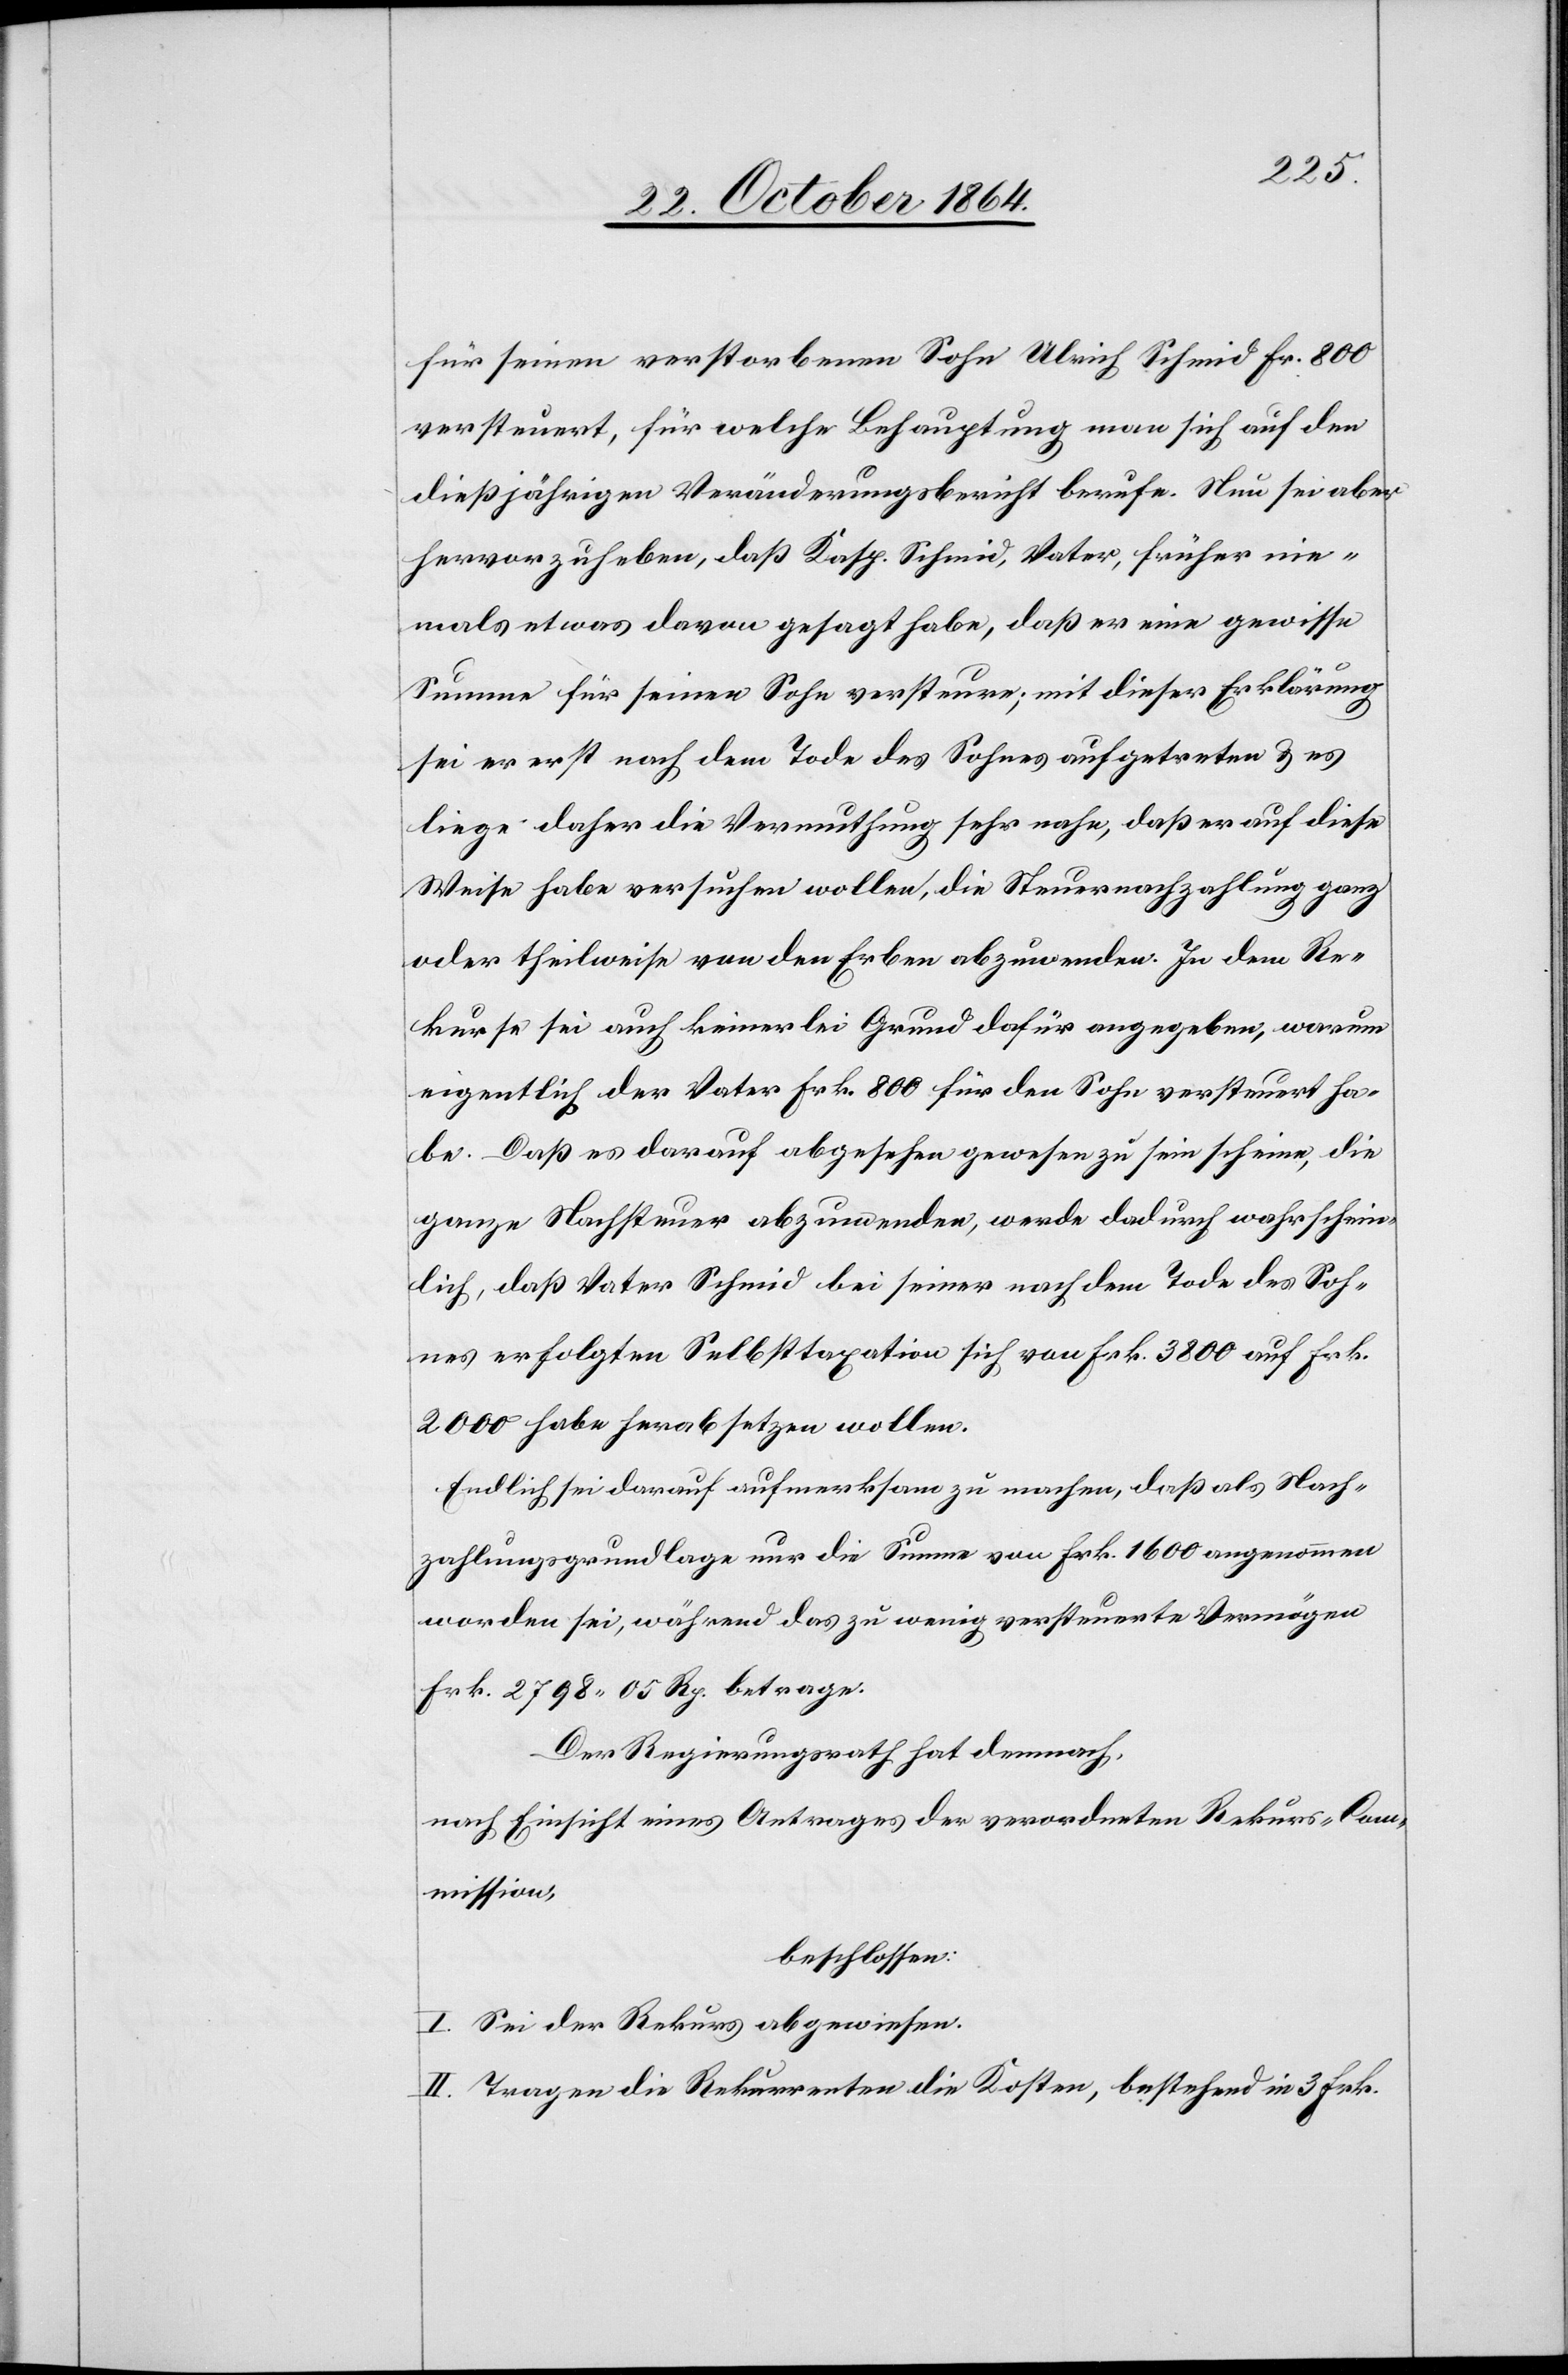
für seinen verstorbenen Sohn Ulrich Schmid Fr. 800
versteuert, für welche Behauptung man sich auf den
dießjährigen Veränderungsbericht berufe. Nun sei aber
hervorzuheben, daß Kasp. Schmid, Vater, früher nie¬
mals etwas davon gesagt habe, daß er eine gewisse
Summe für seinen Sohn versteure; mit dieser Erklärung
sei er erst nach dem Tode des Sohnes aufgetreten & es
liege daher die Vermuthung sehr nahe, daß er auf diese
Weise habe versuchen wollen, die Steuernachzahlung ganz
oder theilweise von den Erben abzuwenden. In dem Re¬
kurse sei auch keinerlei Grund dafür angegeben, warum
eigentlich der Vater Frk. 800 für den Sohn versteuert ha¬
be. Daß es darauf abgesehen gewesen zu sein scheine, die
ganze Nachsteuer abzuwenden, werde dadurch wahrschein¬
lich, daß Vater Schmid bei seiner nach dem Tode des Soh¬
nes erfolgten Selbsttaxation sich von Frk. 3800 auf Frk.
2000 habe herabsetzten wollen.
Endlich sei darauf aufmerksam zu machen, daß als Nach¬
zahlungsgrundlage nur die Summe von Frk. 1600 angenommen
worden sei, während das zu wenig versteuerte Vermögen
Frk. 2798.05 Rp. betrage.
Der Regierungsrath hat demnach,
nach Einsicht eines Antrages der verordneten Rekurs-Com¬
mission,
beschlossen:
I. Sei der Rekurs abgewiesen.
II. Tragen die Rekurrenten die Kosten, bestehend in 3 Frk.